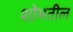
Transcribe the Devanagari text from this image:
शोभतील